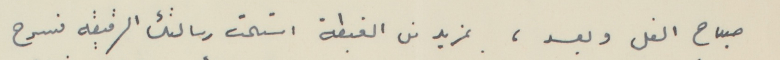
صباح الفل وبعد ، بمزيد من الغبطة استلمت رسالتك الرقيقه فسرح